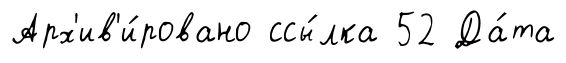
Арх'ив'и́ровано ссы́лка 52 Да́та